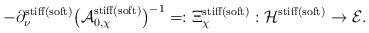
LaTeX: \begin{align*} -\partial^{\rm stiff(soft)}_\nu \bigl(\mathcal{A}_{0,\chi}^{\rm stiff(soft)}\bigr)^{-1}=:\Xi_\chi^{\rm stiff(soft)}: \mathcal{H}^{\rm stiff(soft)}\to{\mathcal E}.\end{align*}